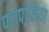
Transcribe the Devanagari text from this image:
पनपालिया